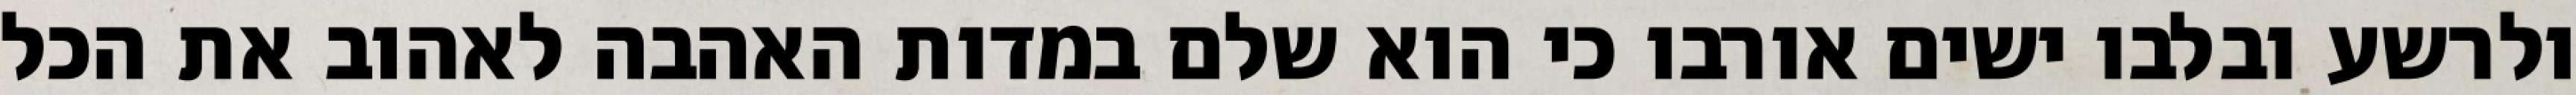
ולרשע ובלבו ישים אורבו כי הוא שלם במדות האהבה לאהוב את הכל